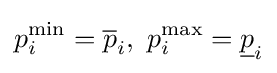
p_{i}^{\min }={\overline {p}}_{i},\ p_{i}^{\max }={\underline {p}}_{i}